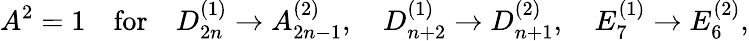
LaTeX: A^{2}=1\quad\mathrm{for}\quad D_{2n}^{(1)}\to A_{2n-1}^{(2)},\quad D_{n+2}^{(1)}\to D_{n+1}^{(2)},\quad E_{7}^{(1)}\to E_{6}^{(2)},